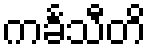
ကင်္ခသီတိ